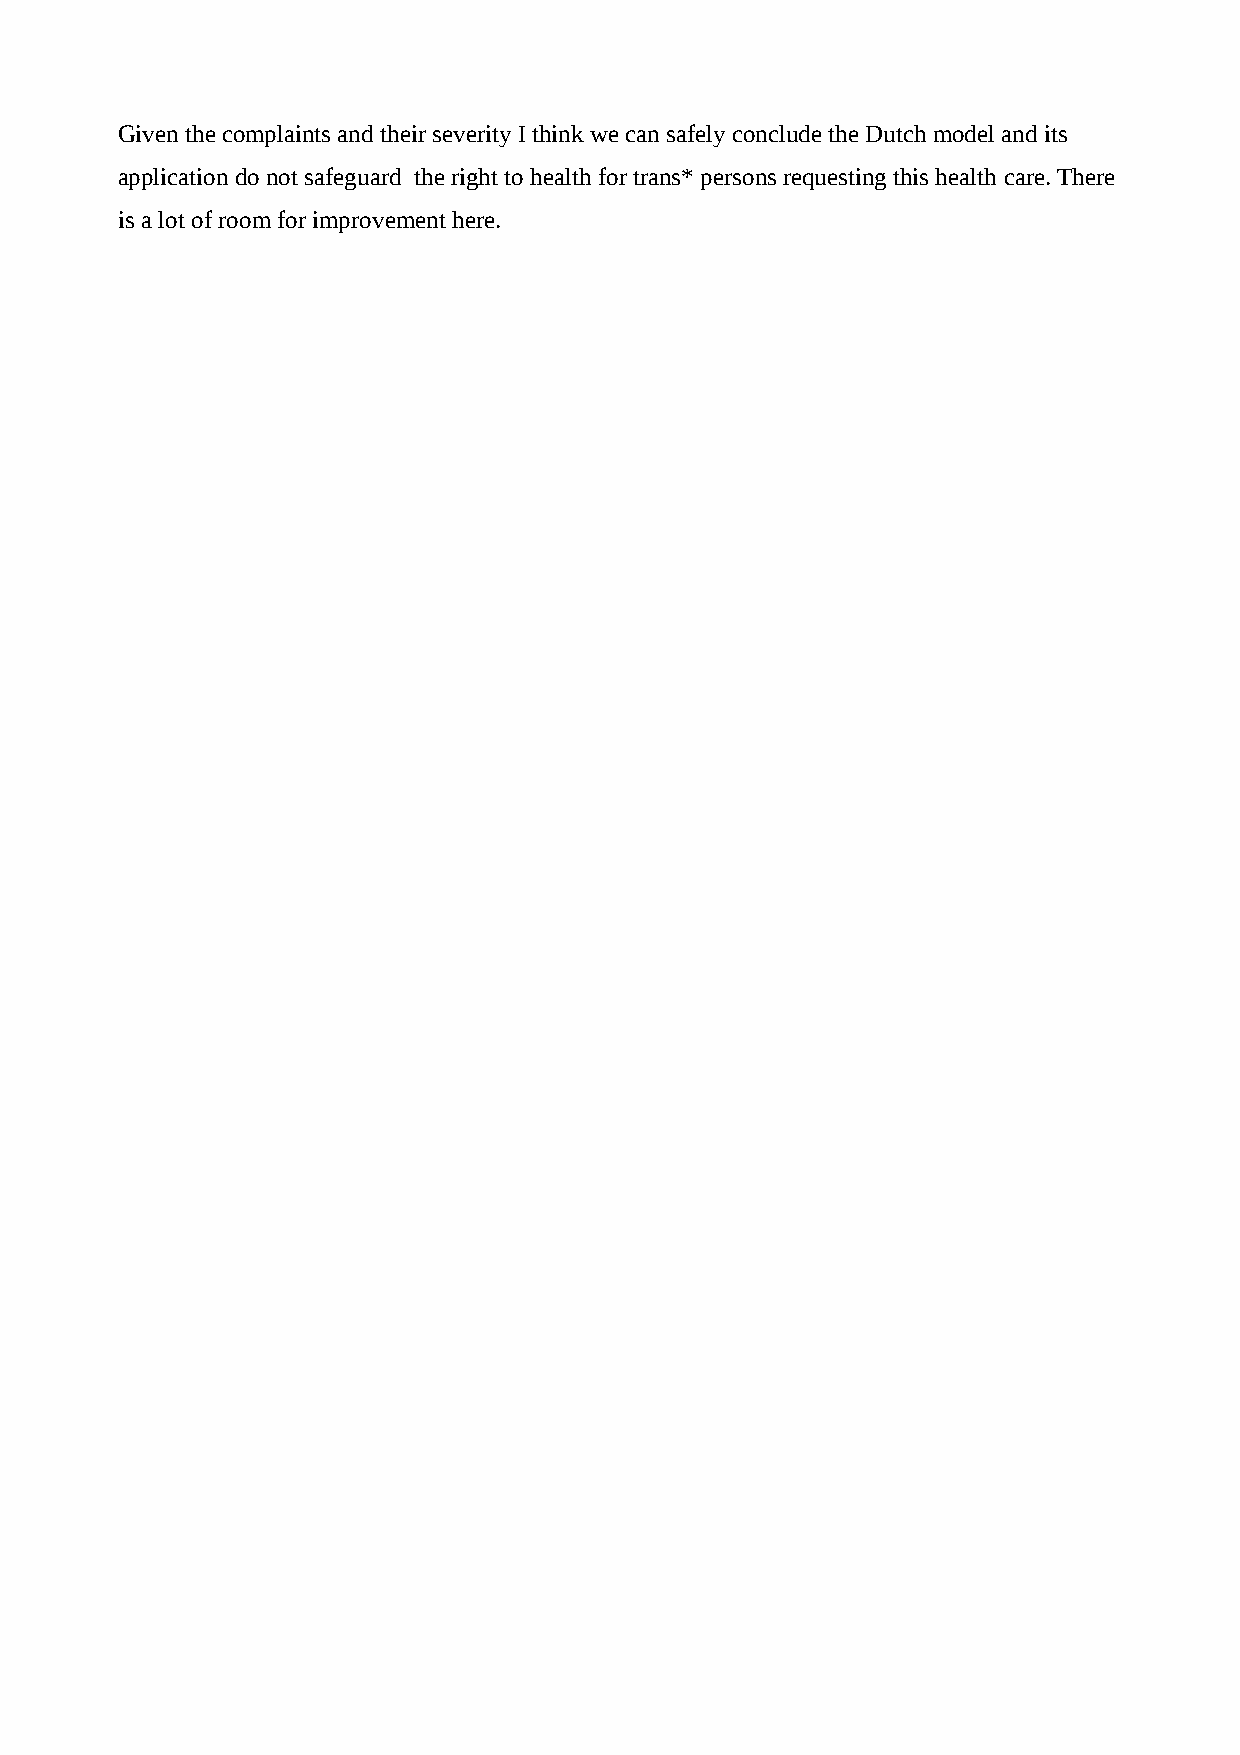
Given the complaints and their severity I think we can safely conclude the Dutch model and its
 application do not safeguard the right to health for trans* persons requesting this health care. There
 is a lot of room for improvement here.